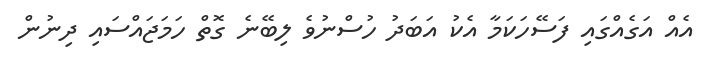
އެއް އަގެއްގައި ފަސޭހަކަމާ އެކު އަބަދު ހުސްނުވެ ލިބޭނެ ގޮތް ހަމަޖައްސައި ދިނުން